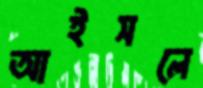
আইসলে